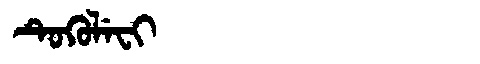
Manchu: ᡨᡠᡴᡠᠯᡝᠸᡳ
Romanization: TUKULEFI